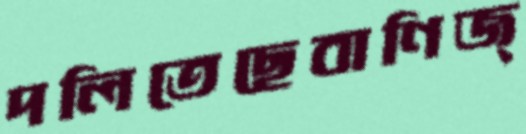
দলিতেছেবাণিজ্